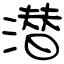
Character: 潜